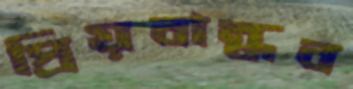
প্রিয়বান্ধব